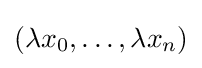
(\lambda x_{0},\ldots ,\lambda x_{n})